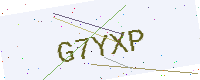
Text: G7YXP